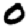
Digit: 0